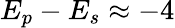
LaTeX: E_{p}-E_{s}\approx-4